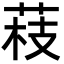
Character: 䓩